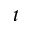
t